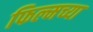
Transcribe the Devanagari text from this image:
फिल्मच्या